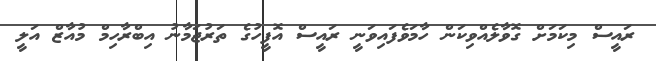
ރައީސް މިކަމަށް ގޮވާލެއްވިކަން ހާމަވެފައިވަނީ ރައީސް އޮފީހުގެ ތަރުޖަމާނު އިބްރާހިމް މުއާޒް އަލީ